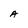
Character: A